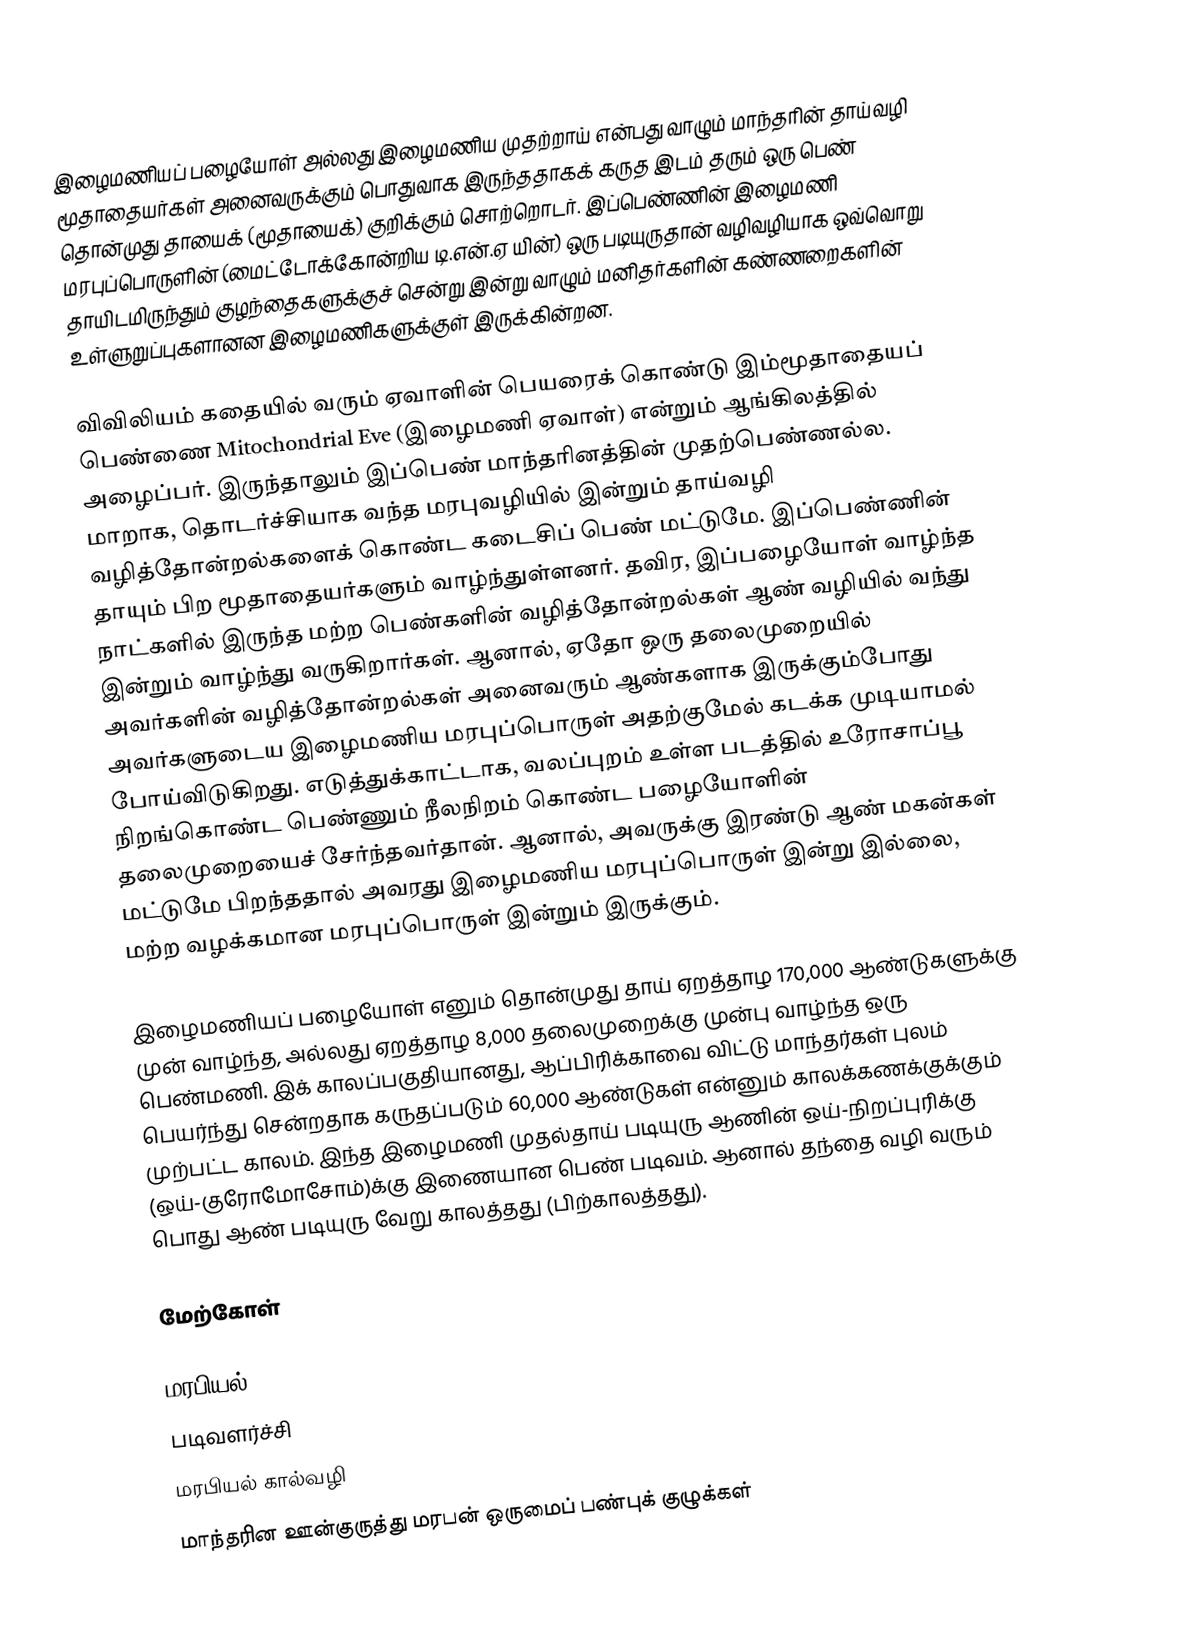
இழைமணியப் பழையோள் அல்லது இழைமணிய முதற்றாய் என்பது வாழும் மாந்தரின் தாய்வழி மூதாதையர்கள் அனைவருக்கும் பொதுவாக இருந்ததாகக் கருத இடம் தரும் ஒரு பெண் தொன்முது தாயைக் (மூதாயைக்) குறிக்கும் சொற்றொடர். இப்பெண்ணின் இழைமணி மரபுப்பொருளின் (மைட்டோக்கோன்றிய டி.என்.ஏ யின்) ஒரு படியுருதான் வழிவழியாக ஒவ்வொறு தாயிடமிருந்தும் குழந்தைகளுக்குச் சென்று இன்று வாழும் மனிதர்களின் கண்ணறைகளின் உள்ளுறுப்புகளானன இழைமணிகளுக்குள் இருக்கின்றன.

விவிலியம் கதையில் வரும் ஏவாளின் பெயரைக் கொண்டு இம்மூதாதையப் பெண்ணை Mitochondrial Eve (இழைமணி ஏவாள்) என்றும் ஆங்கிலத்தில் அழைப்பர். இருந்தாலும் இப்பெண் மாந்தரினத்தின் முதற்பெண்ணல்ல. மாறாக, தொடர்ச்சியாக வந்த மரபுவழியில் இன்றும் தாய்வழி வழித்தோன்றல்களைக் கொண்ட கடைசிப் பெண் மட்டுமே. இப்பெண்ணின் தாயும் பிற மூதாதையர்களும் வாழ்ந்துள்ளனர். தவிர, இப்பழையோள் வாழ்ந்த நாட்களில் இருந்த மற்ற பெண்களின் வழித்தோன்றல்கள் ஆண் வழியில் வந்து இன்றும் வாழ்ந்து வருகிறார்கள். ஆனால், ஏதோ ஒரு தலைமுறையில் அவர்களின் வழித்தோன்றல்கள் அனைவரும் ஆண்களாக இருக்கும்போது அவர்களுடைய இழைமணிய மரபுப்பொருள் அதற்குமேல் கடக்க முடியாமல் போய்விடுகிறது. எடுத்துக்காட்டாக, வலப்புறம் உள்ள படத்தில் உரோசாப்பூ நிறங்கொண்ட பெண்ணும் நீலநிறம் கொண்ட பழையோளின் தலைமுறையைச் சேர்ந்தவர்தான். ஆனால், அவருக்கு இரண்டு ஆண் மகன்கள் மட்டுமே பிறந்ததால் அவரது இழைமணிய மரபுப்பொருள் இன்று இல்லை, மற்ற வழக்கமான மரபுப்பொருள் இன்றும் இருக்கும்.

இழைமணியப் பழையோள் எனும் தொன்முது தாய் ஏறத்தாழ 170,000 ஆண்டுகளுக்கு முன் வாழ்ந்த, அல்லது ஏறத்தாழ 8,000 தலைமுறைக்கு முன்பு வாழ்ந்த ஒரு பெண்மணி. இக் காலப்பகுதியானது, ஆப்பிரிக்காவை விட்டு மாந்தர்கள் புலம் பெயர்ந்து சென்றதாக கருதப்படும் 60,000 ஆண்டுகள் என்னும் காலக்கணக்குக்கும் முற்பட்ட காலம். இந்த இழைமணி முதல்தாய் படியுரு ஆணின் ஒய்-நிறப்புரிக்கு (ஒய்-குரோமோசோம்)க்கு இணையான பெண் படிவம். ஆனால் தந்தை வழி வரும் பொது ஆண் படியுரு வேறு காலத்தது (பிற்காலத்தது).

மேற்கோள்

மரபியல்
படிவளர்ச்சி
மரபியல் கால்வழி
மாந்தரின ஊன்குருத்து மரபன் ஒருமைப் பண்புக் குழுக்கள்